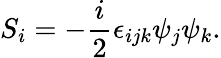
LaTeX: S_{i}=-\frac{i}{2}\epsilon_{ijk}\psi_{j}\psi_{k}.